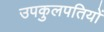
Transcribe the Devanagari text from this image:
उपकुलपतियों